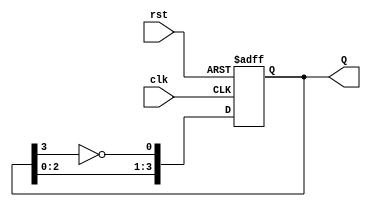
module johnson_counter (
    input wire clk,      // Clock input
    input wire rst,      // Reset input
    output reg [3:0] Q   // Counter output (4 bits for 4 flip-flops)
);

    // Always block triggered on the rising edge of the clock or reset
    always @(posedge clk or posedge rst) begin
        if (rst) begin
            Q <= 4'b0000; // Reset the counter to 0000
        end else begin
            // Johnson counter logic
            Q[0] <= ~Q[3]; // The first flip-flop gets the inverted output of the last flip-flop
            Q[1] <= Q[0];  // The second flip-flop gets the output of the first flip-flop
            Q[2] <= Q[1];  // The third flip-flop gets the output of the second flip-flop
            Q[3] <= Q[2];  // The fourth flip-flop gets the output of the third flip-flop
        end
    end

endmodule